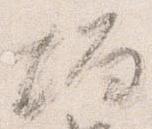
壇